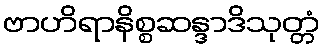
ဗာဟိရာနိစ္စဆန္ဒာဒိသုတ္တံ